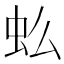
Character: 𰲪